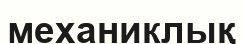
механиклық